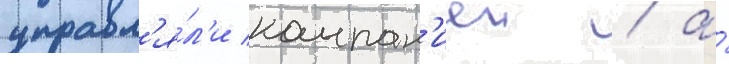
управл'я́л'и компан'иеи / а́